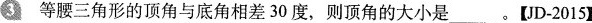
等腰三角形的顶角与底角相差30度，则顶角的大小是____。【UD-2015】